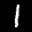
Label: 1